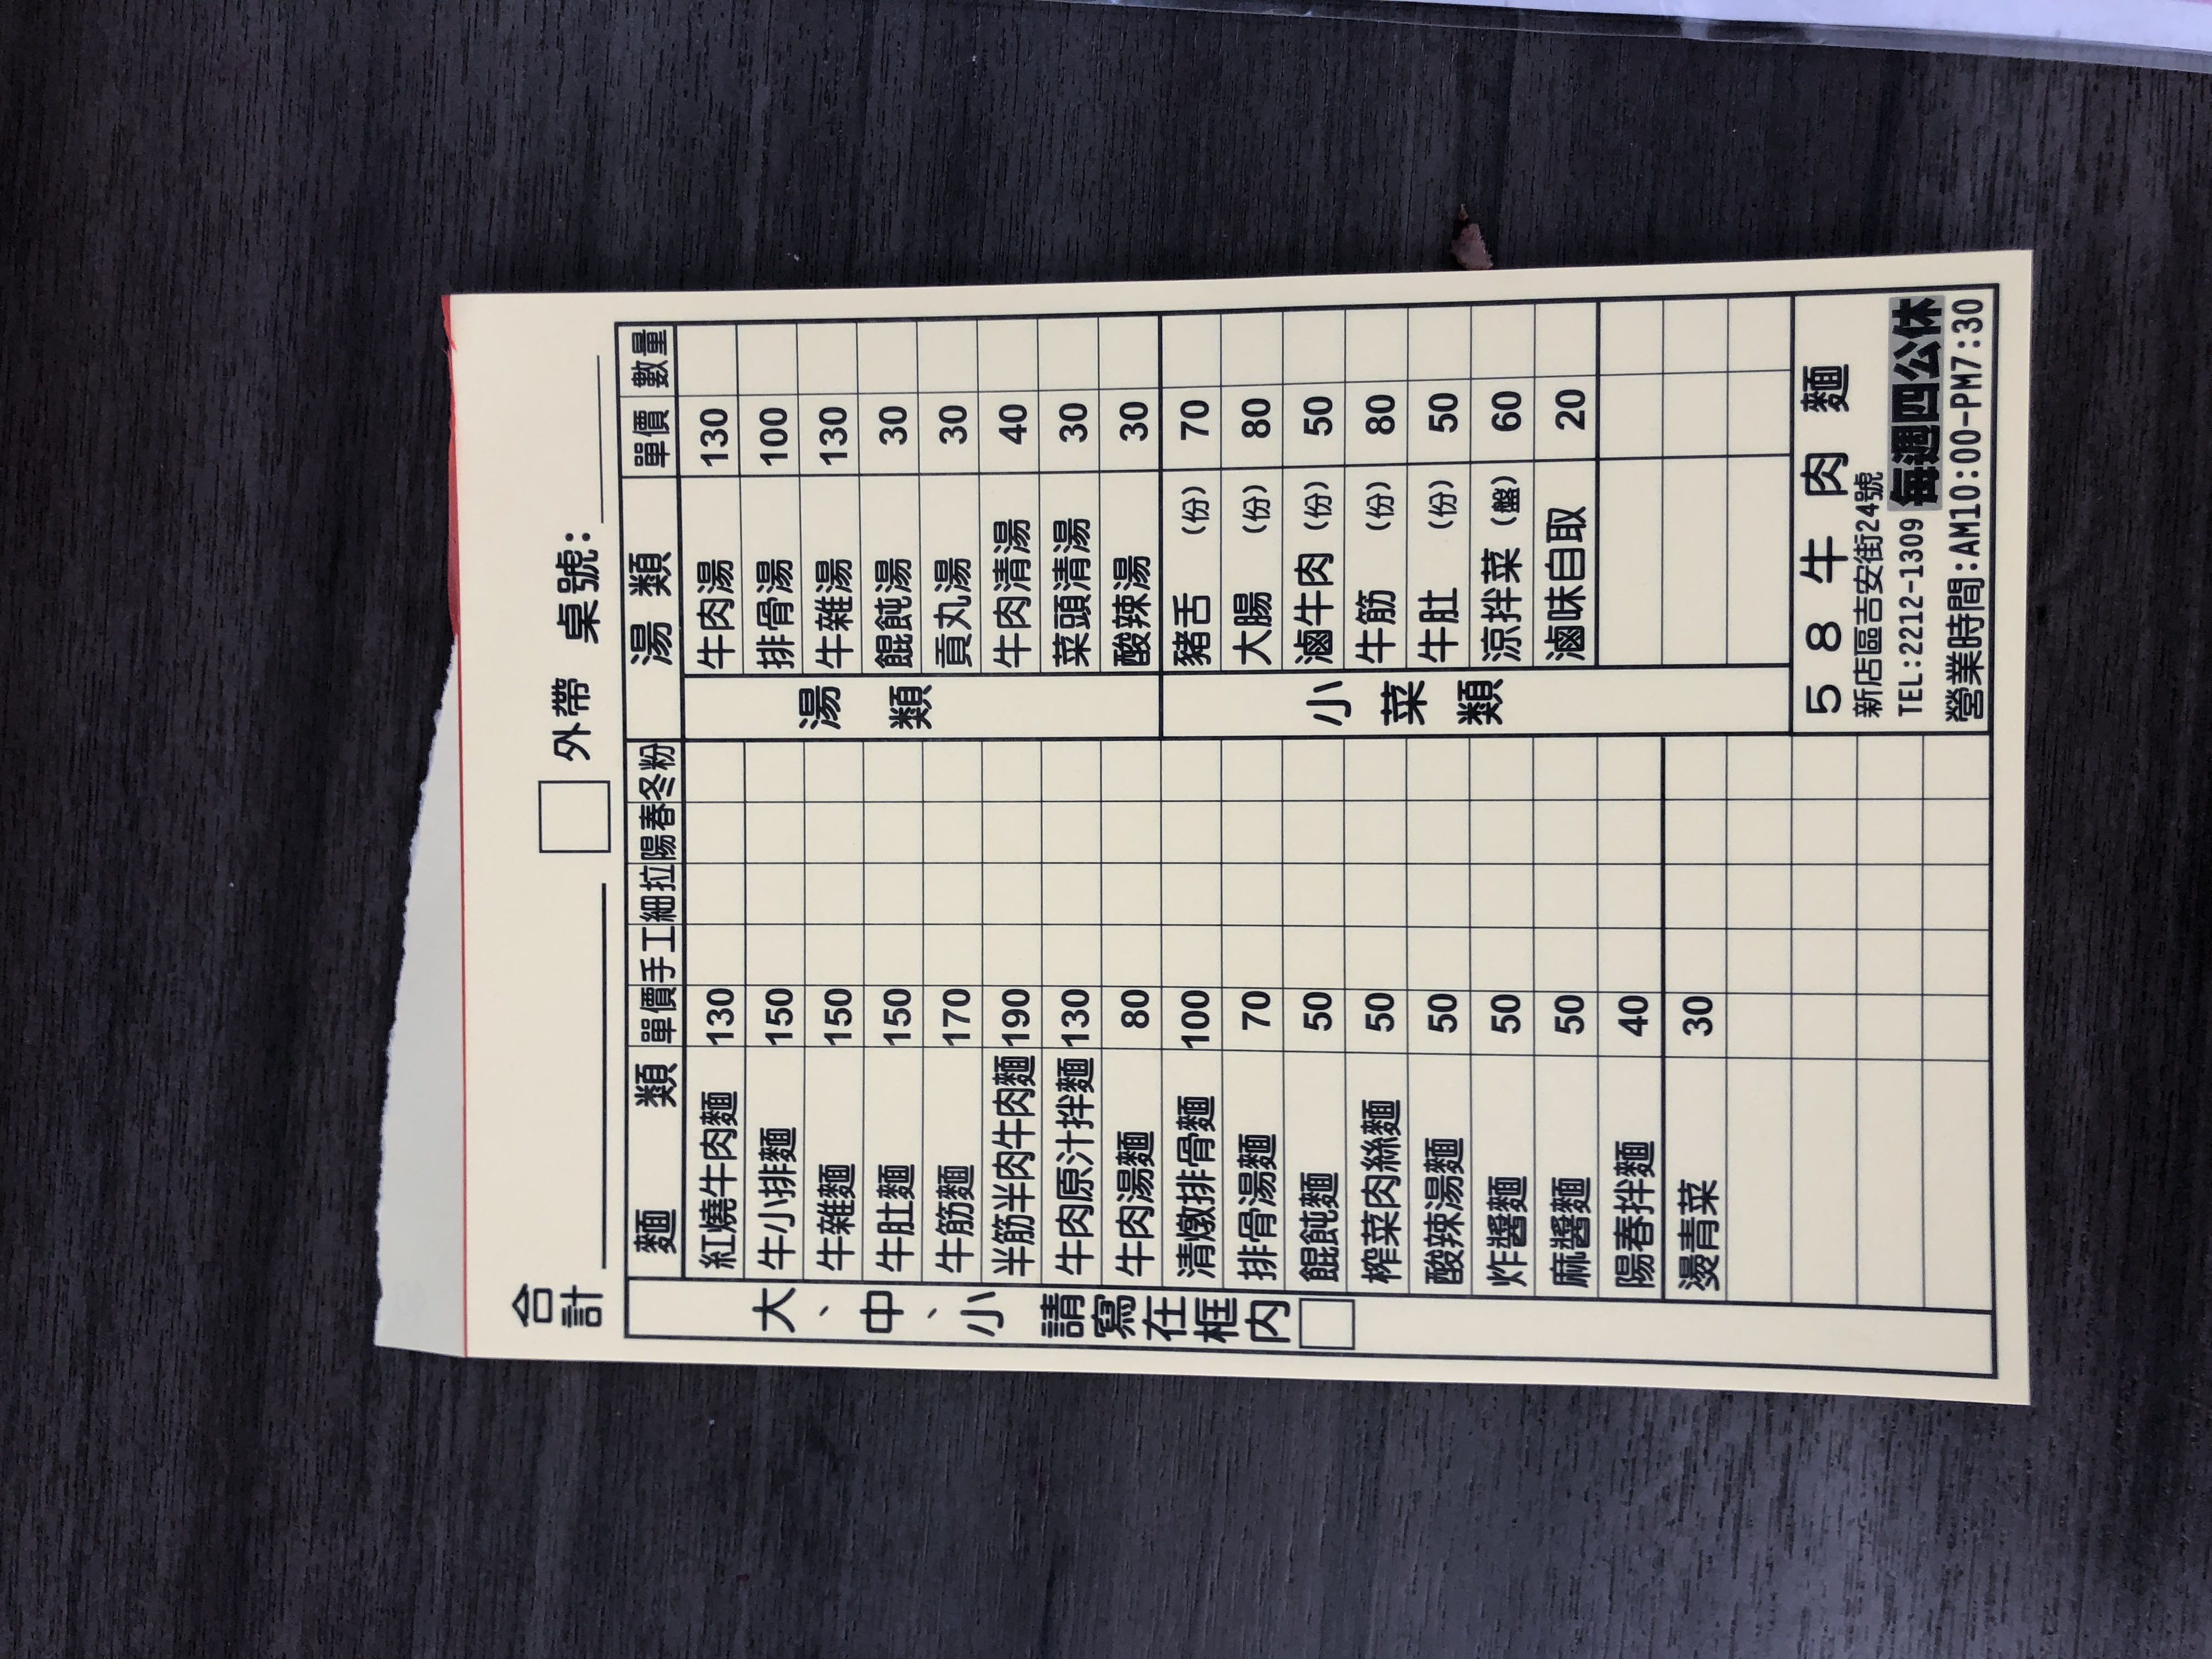
餐廳：58牛肉麵
地址：新店區吉安街24號
電話：2212-1309
營業時間：AM10:00-PM7:30, Closed every Thursday
菜單：
name: 紅燒牛肉麵
price: 130
name: 牛小排麵
price: 150
name: 牛腩麵
price: 150
name: 牛肚麵
price: 150
name: 牛雜麵
price: 170
name: 半筋半肉麵
price: 190
name: 牛肉原汁拌麵
price: 130
name: 清燉排骨麵
price: 80
name: 排骨湯麵
price: 100
name: 餛飩麵
price: 70
name: 榨菜肉絲麵
price: 50
name: 酸辣湯麵
price: 50
name: 炸醬麵
price: 50
name: 麻醬麵
price: 50
name: 陽春拌麵
price: 40
name: 燙青菜
price: 30
name: 牛肉湯
price: 130
name: 排骨湯
price: 100
name: 餛飩湯
price: 30
name: 貢丸湯
price: 30
name: 牛肉清湯
price: 40
name: 菜頭湯
price: 30
name: 酸辣湯
price: 70
name: 豬舌
price: 80
name: 大腸
price: 100
name: 滷牛肉
price: 70
name: 牛筋
price: 50
name: 牛肚
price: 50
name: 涼拌菜
price: 60
name: 滷味自取
price: 20